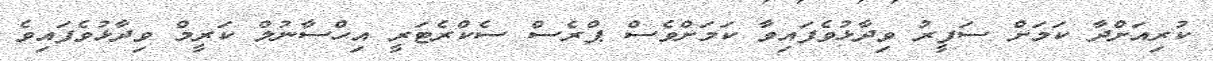
ކުރިއަށްދާ ކަމަށް ސަފީރު ވިދާޅުވެފައިވާ ކަމަށްވެސް ޕްރެސް ސެކްރެޓަރީ އިހްސާނުލް ކަރީމް ވިދާޅުވެފައިވެ